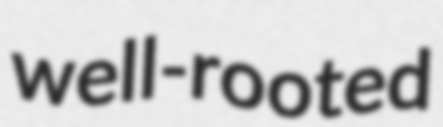
well-rooted